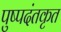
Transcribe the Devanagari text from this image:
पुष्पदंतकृत